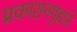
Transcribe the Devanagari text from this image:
प्रकाशनगृहाने